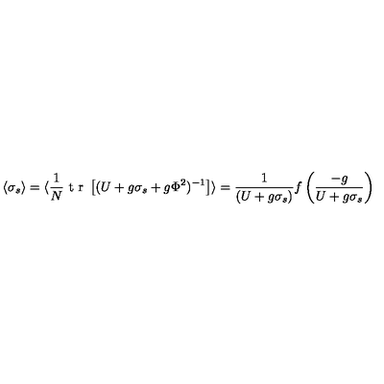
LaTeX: \langle \sigma _ { s } \rangle = \langle { \frac { 1 } { N } } \makebox { t r } \left[ ( U + g \sigma _ { s } + g \Phi ^ { 2 } ) ^ { - 1 } \right] \rangle = { \frac { 1 } { ( U + g \sigma _ { s } ) } } f \left( { \frac { - g } { U + g \sigma _ { s } } } \right)